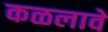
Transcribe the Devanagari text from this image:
कळलावे